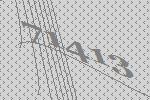
71413